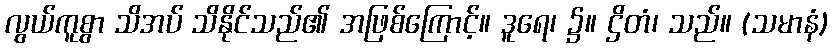
လွယ်ကူစွာ သိအပ် သိနိုင်သည်၏ အဖြစ်ကြောင့်။ ဒူရေ၊ ၌။ ဌိတံ၊ သည်။ (သမာနံ)